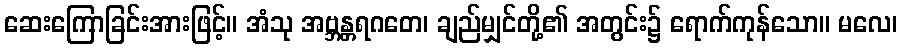
ဆေးကြောခြင်းအားဖြင့်။ အံသု အဗ္ဘန္တရဂတေ၊ ချည်မျှင်တို့၏ အတွင်း၌ ရောက်ကုန်သော။ မလေ၊